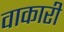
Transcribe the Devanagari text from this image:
वाकारी